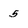
Character: 5